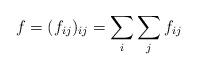
LaTeX: \begin{align*}f = (f_{ij})_{ij} = \sum_{i} \sum_{j} f_{ij}\end{align*}